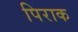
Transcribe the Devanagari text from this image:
पिराक